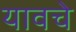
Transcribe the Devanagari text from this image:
यावचे